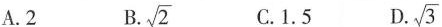
A.2 B. \sqrt{2} C.1.5 D. \sqrt{3}